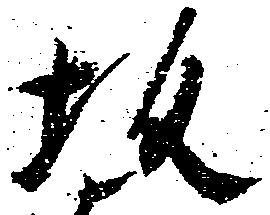
坂